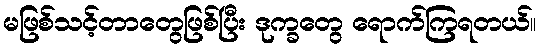
မဖြစ်သင့်တာတွေဖြစ်ပြီး ဒုက္ခတွေ ရောက်ကြရတယ်။